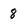
Character: 8